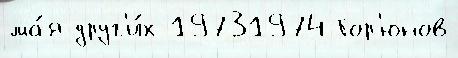
ма́я друг'и́х 19731974 Гор'юнов